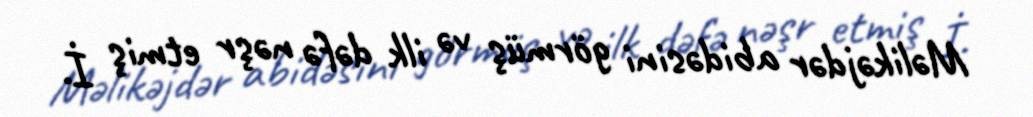
Məlikəjdər abidəsini görmüş və ilk dəfə nəşr etmiş İ.